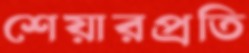
শেয়ারপ্রতি